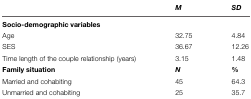
<table><thead><tr><td></td><td><b><i>M</i></b></td><td><b><i>SD</i></b></td></tr></thead><tbody><tr><td><b>Socio-demographic variables</b></td><td></td><td></td></tr><tr><td>Age</td><td>32.75</td><td>4.84</td></tr><tr><td>SES</td><td>36.67</td><td>12.26</td></tr><tr><td>Time length of the couple relationship (years)</td><td>3.15</td><td>1.48</td></tr><tr><td><b>Family situation</b></td><td><b><i>N</i></b></td><td><b>%</b></td></tr><tr><td>Married and cohabiting</td><td>45</td><td>64.3</td></tr><tr><td>Unmarried and cohabiting</td><td>25</td><td>35.7</td></tr></tbody></table>